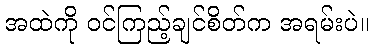
အထဲကို ဝင်ကြည့်ချင်စိတ်က အရမ်းပဲ။